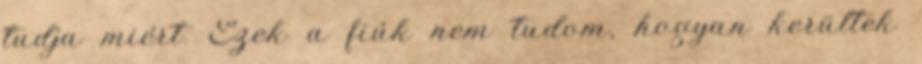
tudja miért. Ezek a fiúk nem tudom, hogyan kerültek